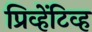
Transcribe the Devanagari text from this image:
प्रिव्हेंटिव्ह